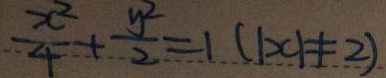
\frac { x ^ { 2 } } { 4 } + \frac { y ^ { 2 } } { 2 } = 1 ( \vert x \vert \neq 2 )